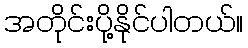
အတိုင်းပို့နိုင်ပါတယ်။